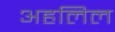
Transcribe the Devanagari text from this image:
अहलिल